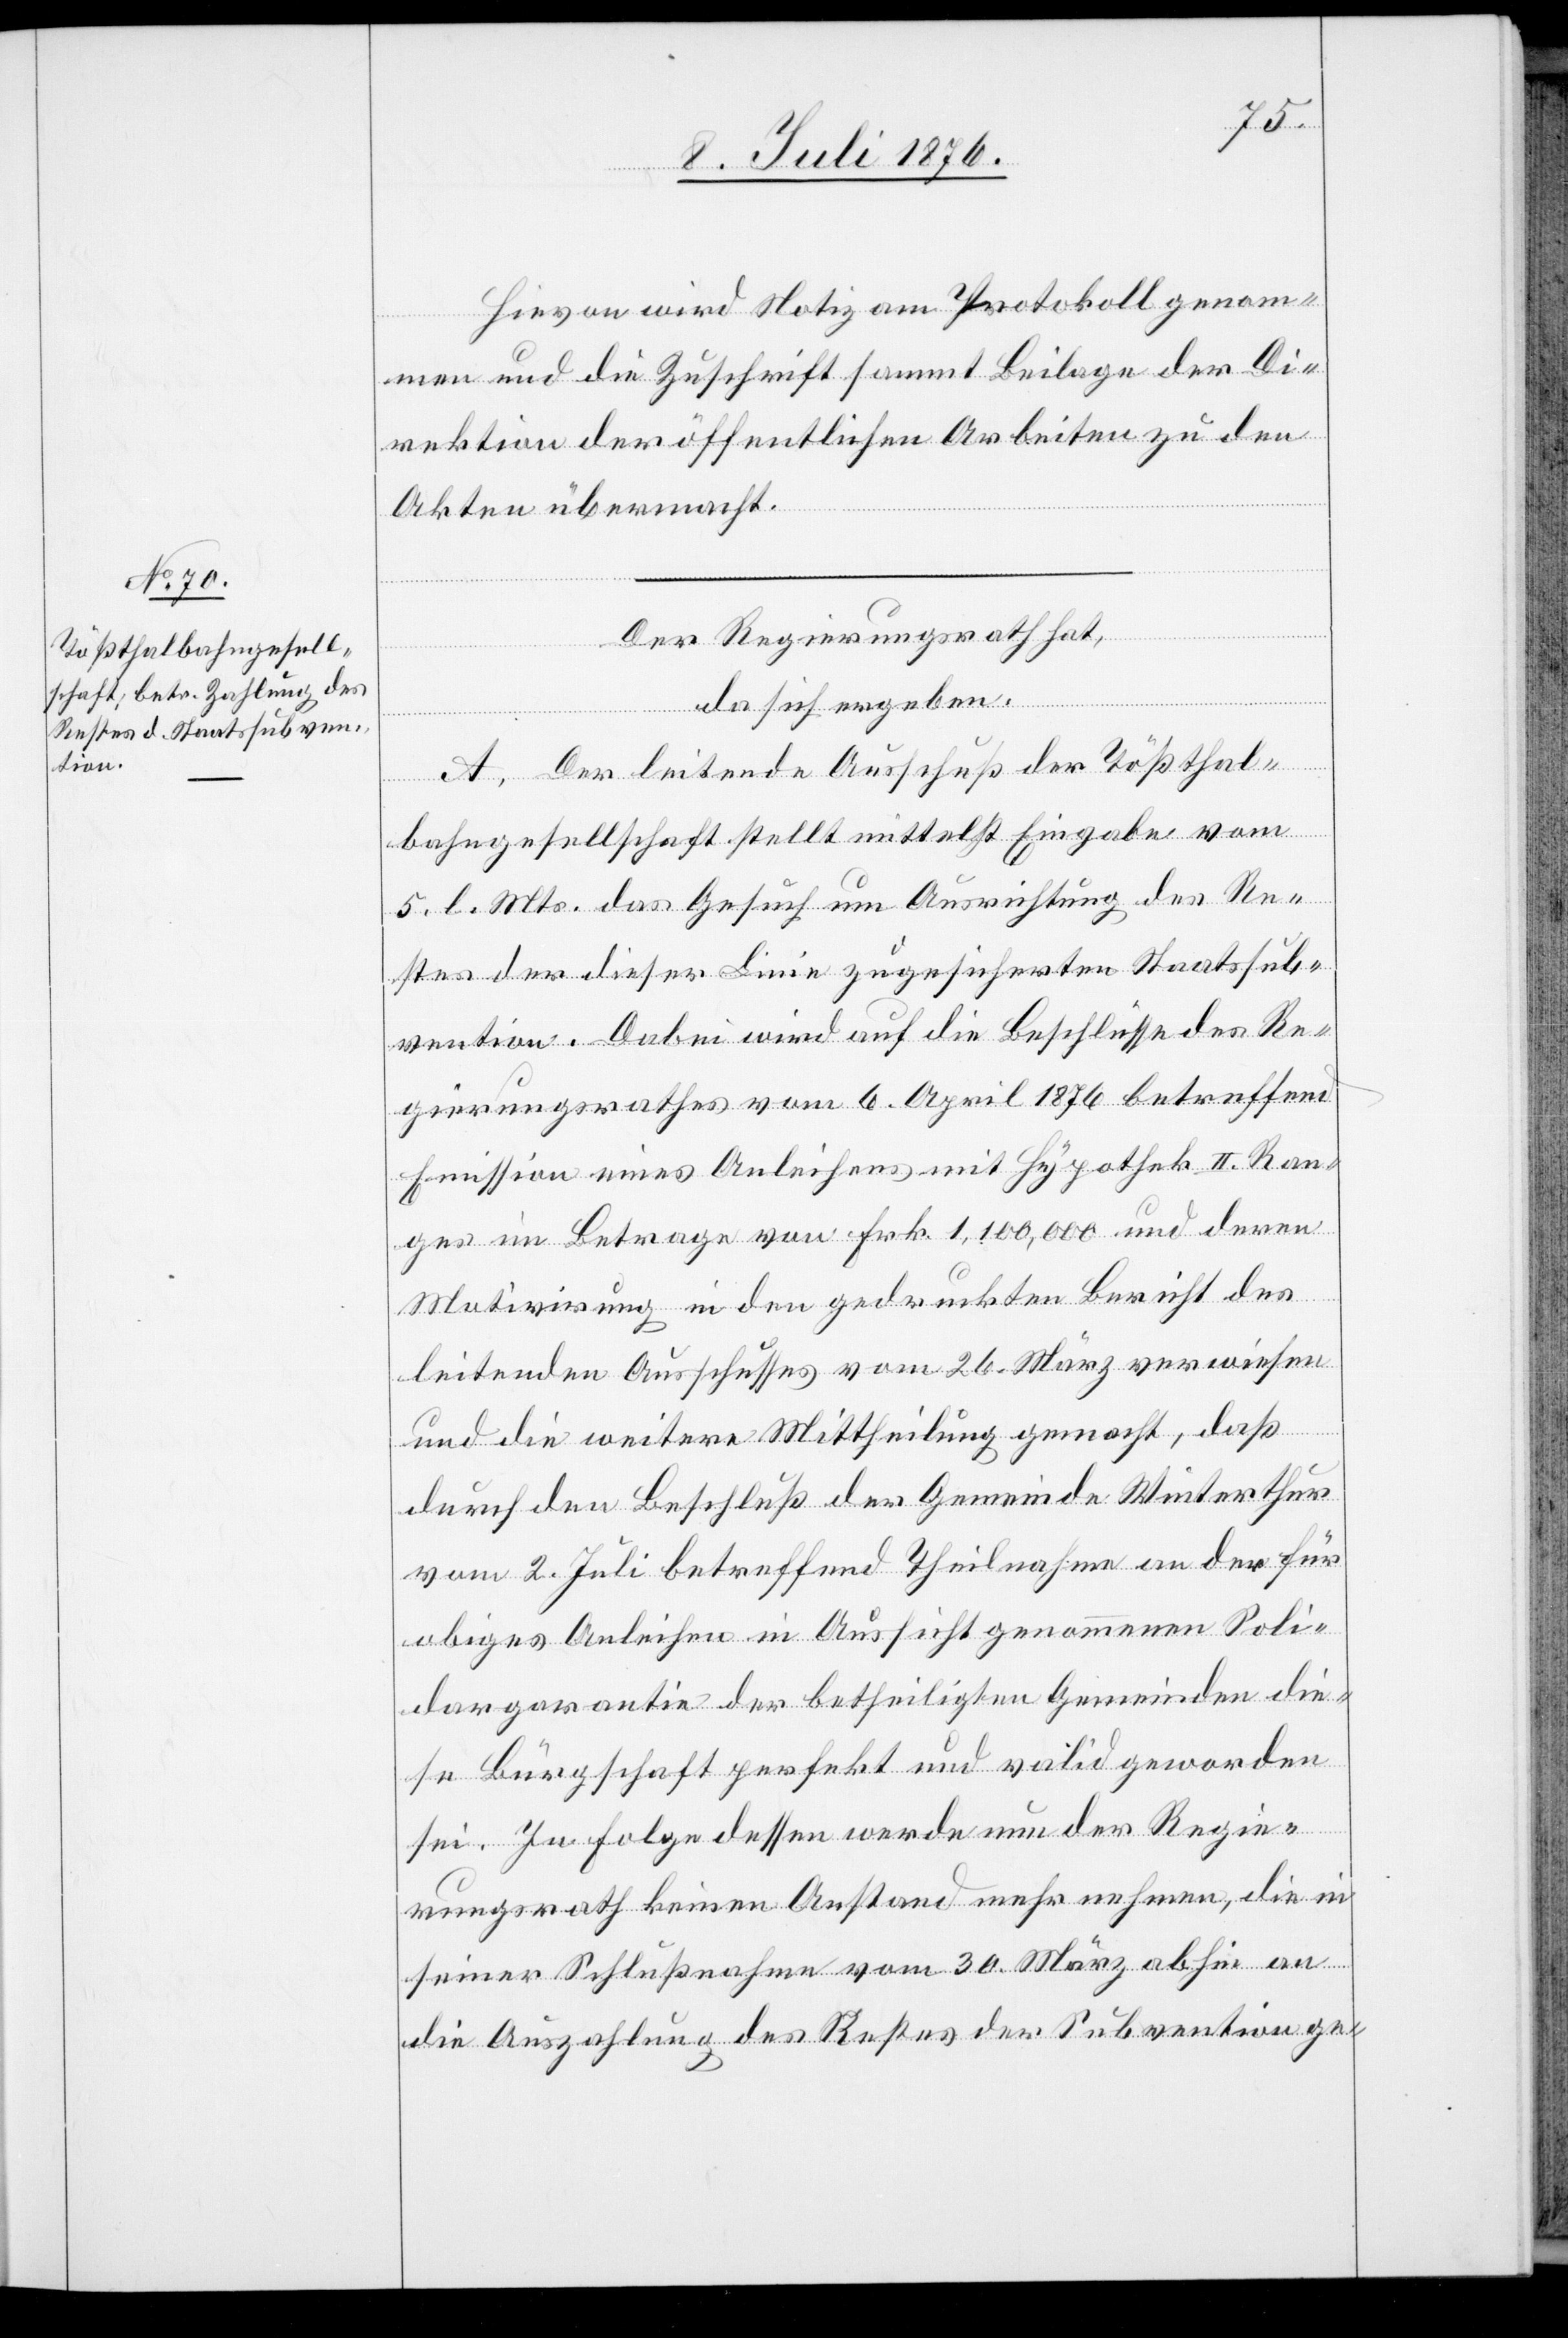
Hievon wird Notiz am Protokoll genom¬
men und die Zuschrift sammt Beilage der Di¬
rektion der öffentlichen Arbeiten zu den
Akten übermacht.
Der Regierungsrath hat
da sich ergeben:
A. Der leitende Ausschuß der Tößthal¬
bahngesellschaft stellt mittelst Eingabe vom
5. l. Mts. das Gesuch um Ausrichtung des Re¬
stes der dieser Linie zugesicherten Staatssub¬
vention. Dabei wird auf die Beschlüsse des Re¬
gierungsrathes vom 6. April 1976 betreffend
Emission eines Anleihens mit Hypothek II. Ran¬
ges im Betrage von Frk. 1,100,000 und deren
Motivierung in den gedruckten Bericht des
leitenden Ausschusses vom 26. März verwiesen
und die weitere Mittheilung gemacht, daß
durch den Beschluß der Gemeinde Winterthur
vom 2. Juli betreffend Theilnahme an der für
obiges Anleihen in Aussicht genommenen Soli¬
dargarantie der betheiligten Gemeinden die¬
se Bürgschaft perfekt und valid geworden
sei. In Folge dessen werde nun der Regie¬
rungsrath keinen Anstand mehr nehmen, die in
seiner Schlußnahme vom 30. März abhin an
die Auszahlung des Rechtes der Subvention ge-